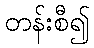
တန်းစီ၍